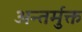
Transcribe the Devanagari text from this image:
अन्तर्मुक्त